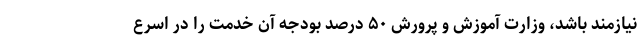
نیازمند باشد، وزارت آموزش و پرورش ۵۰ درصد بودجه آن خدمت را در اسرع